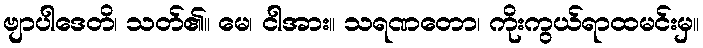
ဗျာပါဒေတိ၊ သတ်၏။ မေ၊ ငါအား။ သရဏတော၊ ကိုးကွယ်ရာထမင်းမှ။